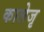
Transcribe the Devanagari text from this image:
कालेजृ